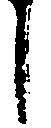
し